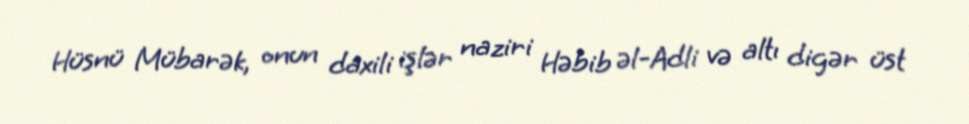
Hüsnü Mübarək, onun daxili işlər naziri Həbib əl-Adli və altı digər üst